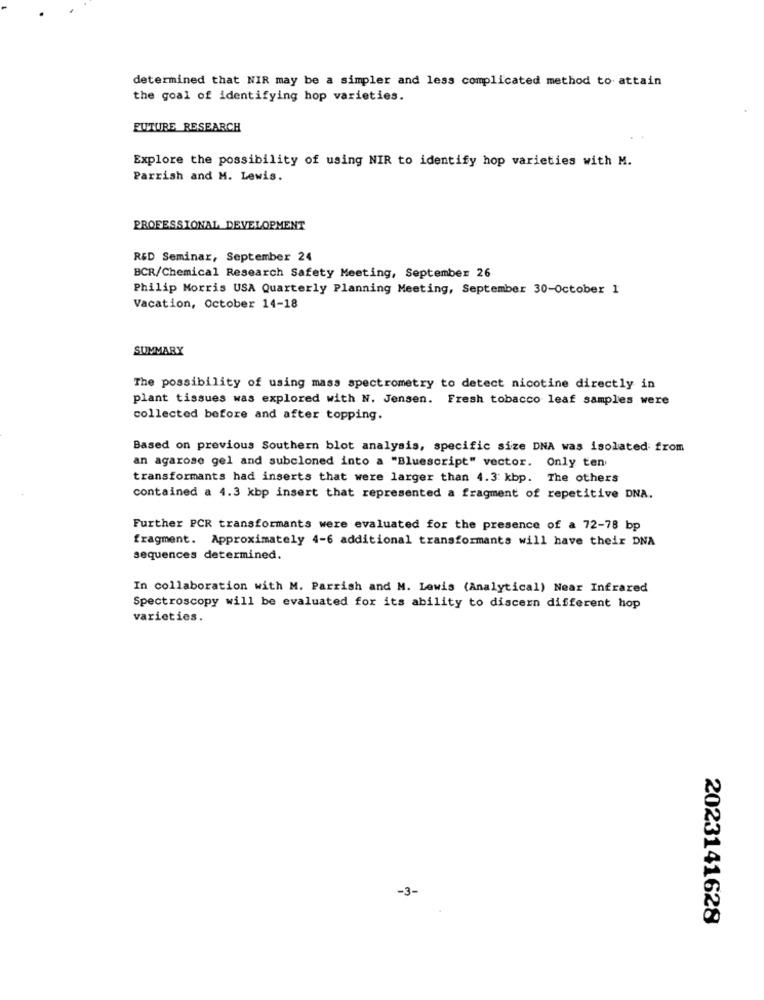
determined that NIR may be a simpler and less complicated method to attain
the goal of identifying hop varieties.
FUTURE RESEARCH
Explore the possibility of using NIR to identify hop varieties with M.
Parrish and M. Lewis.
PROFESSIONAL DEVELOPMENT
R&D Seminar, September 24
BCR/Chemical Research Safety Meeting, September 26
Philip Morris USA Quarterly Planning Meeting, September 30-October 1
Vacation, October 14-18
SUMMARY
The possibility of using mass spectrometry to detect nicotine directly in
plant tissues was explored with N. Jensen. Fresh tobacco leaf samples were
collected before and after topping.
Based on previous Southern blot analysis, specific size DNA was isolated from
an agarose gel and subcloned into a "Bluescript" vector. Only ten
transformants had inserts that were larger than 4.3 kbp. The others
contained a 4.3 kbp insert that represented a fragment of repetitive DNA.
Further PCR transformants were evaluated for the presence of a 72-78 bp
fragment. Approximately 4-6 additional transformants will have their DNA
sequences determined.
In collaboration with M. Parrish and M. Lewis (Analytical) Near Infrared
Spectroscopy will be evaluated for its ability to discern different hop
varieties.
-3-
2023141628